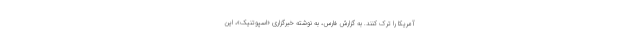
آمریکا را ترک کنند. به گزارش فارس، به نوشته خبرگزاری «اسپوتنیک»، این